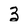
Character: 3